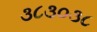
૩૮૩૦૩૮